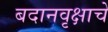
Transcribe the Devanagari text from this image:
बदानवृक्षाचे